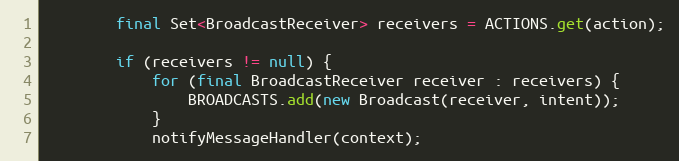
Language: Java
		final Set<BroadcastReceiver> receivers = ACTIONS.get(action);

		if (receivers != null) {
			for (final BroadcastReceiver receiver : receivers) {
				BROADCASTS.add(new Broadcast(receiver, intent));
			}
			notifyMessageHandler(context);